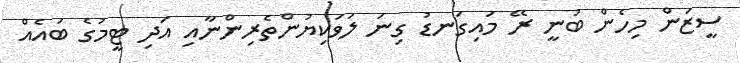
ސީޒަން މިހެން ބުނީ ރޭ މައިގަނޑު ގިނަ ލަވަކިޔުންތެރިންނާއި އަދި ޓީމުގެ ބައެއް